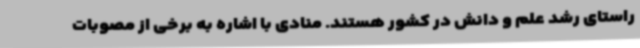
راستای رشد علم و دانش در کشور هستند. منادی با اشاره به برخی از مصوبات